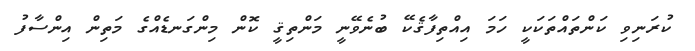
ކުރަނިވި ކަންތައްތަކަކީ ހަމަ އިއްތިފާޤެކޭ ބުނެވޭނީ މަންތިޤީ ކޮން މިންގަނޑެއްގެ މަތިން އިންސާފު